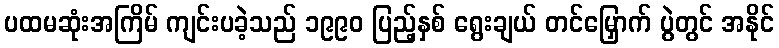
ပထမဆုံးအကြိမ် ကျင်းပခဲ့သည် ၁၉၉၀ ပြည့်နှစ် ရွေးချယ် တင်မြှောက် ပွဲတွင် အနိုင်